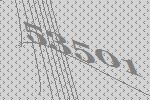
53501